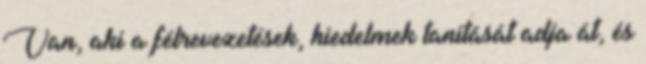
Van, aki a félrevezetések, hiedelmek tanítását adja át, és